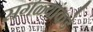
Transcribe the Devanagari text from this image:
सगळ्यांकडे